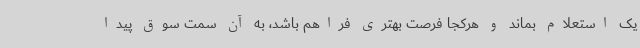
یک استعلام بماند و هرکجا فرصت بهتری فراهم باشد، به آن سمت سوق پیدا